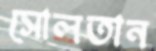
সোলতান